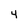
Character: 4